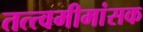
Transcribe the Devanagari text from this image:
तत्त्वमीमांसक